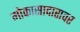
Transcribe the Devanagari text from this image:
मोकासादारावर